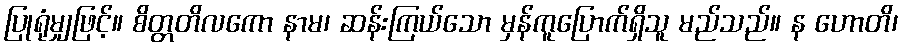
ပြုရုံမျှဖြင့်။ စိတ္တတိလကော နာမ၊ ဆန်းကြယ်သော မှန်ကူပြောက်ရှိသူ မည်သည်။ န ဟောတိ၊